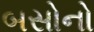
બસોનો